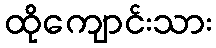
ထိုကျောင်းသား